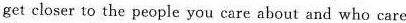
get closer to the people you care about and who care